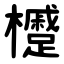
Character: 㰗